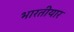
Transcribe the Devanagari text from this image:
भारतीयार